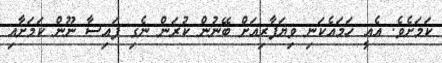
ކަމަށެވެ. އެއީ ހަމައެކަނި ވިޔަފާރިއަށް ބޭނުން ކުރަން ނެގި ފައިސާ ނޫން ކަމަށާއި